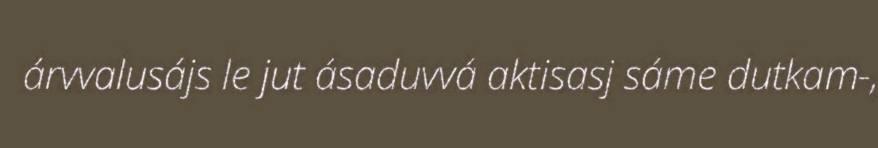
árvvalusájs le jut ásaduvvá aktisasj sáme dutkam-,